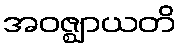
အဝဇ္ဈာယတိ